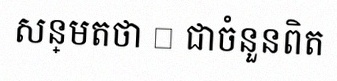
សន្មតថា x ជាចំនួនពិត